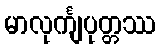
မာလုင်္ကျပုတ္တဿ